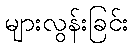
များလွန်းခြင်း